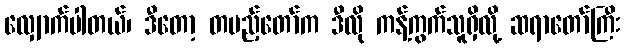
လျှောက်ပါတယ်၊ ဒီတော့ တပည့်တော်က ဒီလို ကန့်ကွက်သူရှိလို့ ဆရာတော်ကြီး